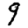
Digit: 9